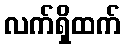
လက်ရှိထက်